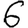
Digit: 6